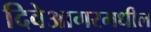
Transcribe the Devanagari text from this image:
दिवेआगरमधील